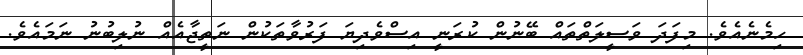
ހިމެނެއެވެ. މިފަދަ ވަސީލަތްތައް ބޭނުން ކުރަނީ އިސްވެދިޔަ ފަރުވާތަކުން ނަތީޖާއެއް ނުލިބުނު ނަމައެވެ.